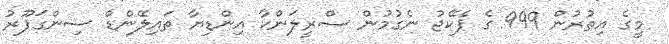
މީގެ އިތުރުން 999 ގެ ޕެކޭޖު ނެގުމުން ސްރީލަންކާ އިންޑިޔާ ތައިލޭންޑް ސިންގަޕޫރު